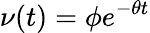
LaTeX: \nu(t)=\phi e^{-\theta t}